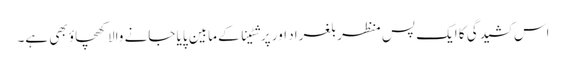
اس کشیدگی کا ایک پس منظر بلغراد اور پرشٹینا کے مابین پایا جانے والا کھچاؤ بھی ہے۔